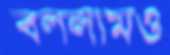
বললামও